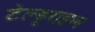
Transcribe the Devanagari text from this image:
टेल्डूराइल